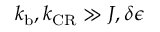
k _ { \mathrm { b } } , k _ { \mathrm { C R } } \gg J , \delta \epsilon